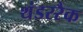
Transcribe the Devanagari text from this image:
थंडररैक